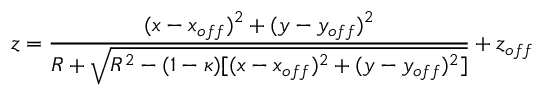
z = \frac { ( x - x _ { o f f } ) ^ { 2 } + ( y - y _ { o f f } ) ^ { 2 } } { R + \sqrt { R ^ { 2 } - ( 1 - \kappa ) [ ( x - x _ { o f f } ) ^ { 2 } + ( y - y _ { o f f } ) ^ { 2 } ] } } + z _ { o f f }